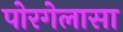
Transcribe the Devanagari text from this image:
पोरगेलासा